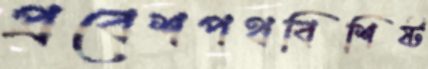
প্রবেশপথবিশিষ্ট